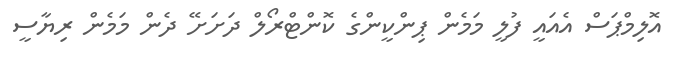
އޮލިމްޕަސް އެއައީ ފުލީ މަމެން ޕިންކީންގެ ކޮންޓްރޯލް ދަށަށޭ ދެން މަމެން ރިޔާސީ